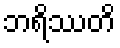
ဘရိဿတိ